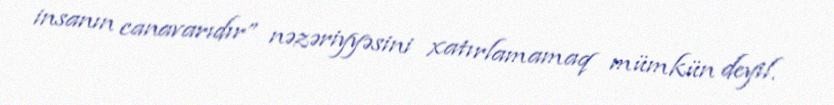
insanın canavarıdır” nəzəriyyəsini xatırlamamaq mümkün deyil.